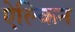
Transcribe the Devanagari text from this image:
ऐल्किन